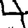
Digit: 4